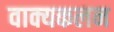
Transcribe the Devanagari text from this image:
वाक्यकलन